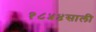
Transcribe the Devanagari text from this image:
१८५४साली